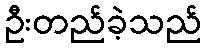
ဦးတည်ခဲ့သည်